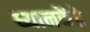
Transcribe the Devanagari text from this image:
ध्यानकेंद्रे